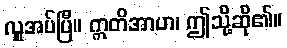
လှူအပ်ပြီ။ ဣတိအာဟ၊ ဤသို့ဆို၏။